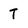
Character: T